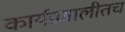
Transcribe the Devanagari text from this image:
कार्यप्रणालीतच